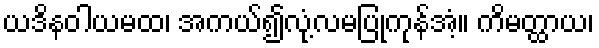
ယဒိနဝါယမထ၊ အကယ်၍လုံ့လမပြုကုန်အံ့။ ကိမတ္ထာယ၊